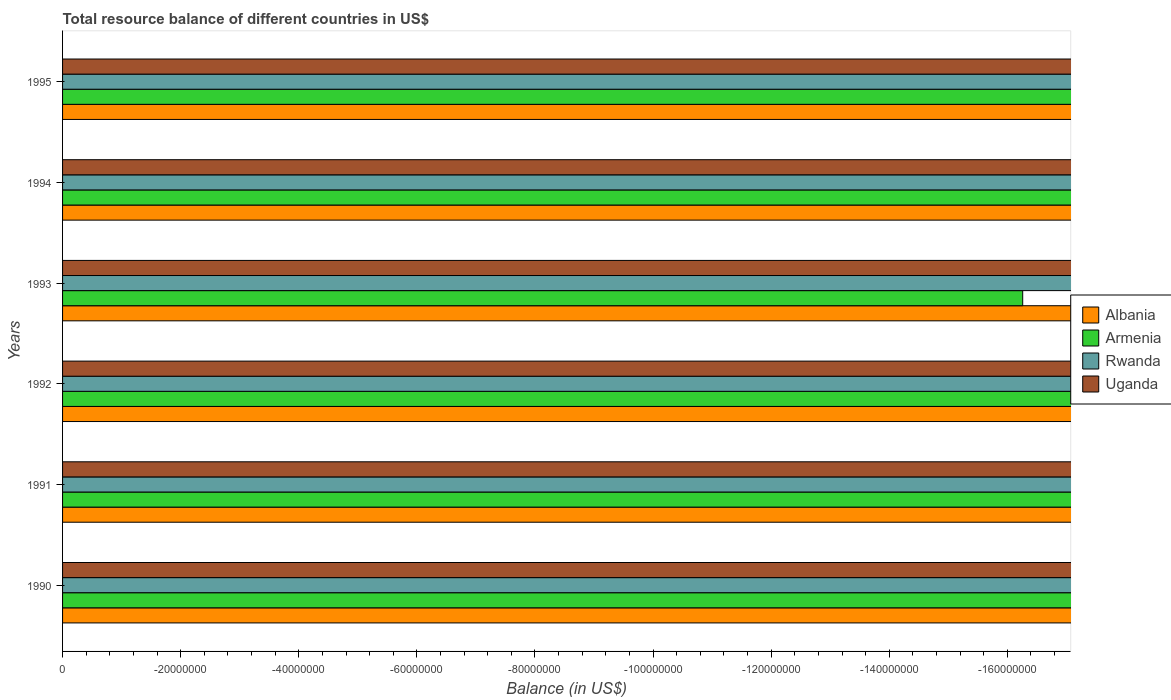
| Years | Albania | Armenia | Rwanda | Uganda |
 | --- | --- | --- | --- | --- |
 | 1990 | -1.75e+08 | -2.56e+08 | -2.16e+08 | -5.22e+08 |
 | 1991 | -2.32e+08 | -4.01e+08 | -2.05e+08 | -4.81e+08 |
 | 1992 | -5.46e+08 | -2.73e+08 | -2.58e+08 | -4.44e+08 |
 | 1993 | -5.76e+08 | -1.63e+08 | -3.02e+08 | -4.55e+08 |
 | 1994 | -5.48e+08 | -4.44e+08 | -4.41e+08 | -4.13e+08 |
 | 1995 | -5.34e+08 | -5.62e+08 | -2.67e+08 | -5.2e+08 |